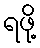
ရဖို့